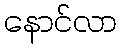
နောင်လာ